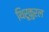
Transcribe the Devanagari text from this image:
थिरूकुरल